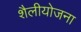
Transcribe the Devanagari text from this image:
शैलीयोजना